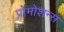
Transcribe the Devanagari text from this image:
प्रोमोशन्स